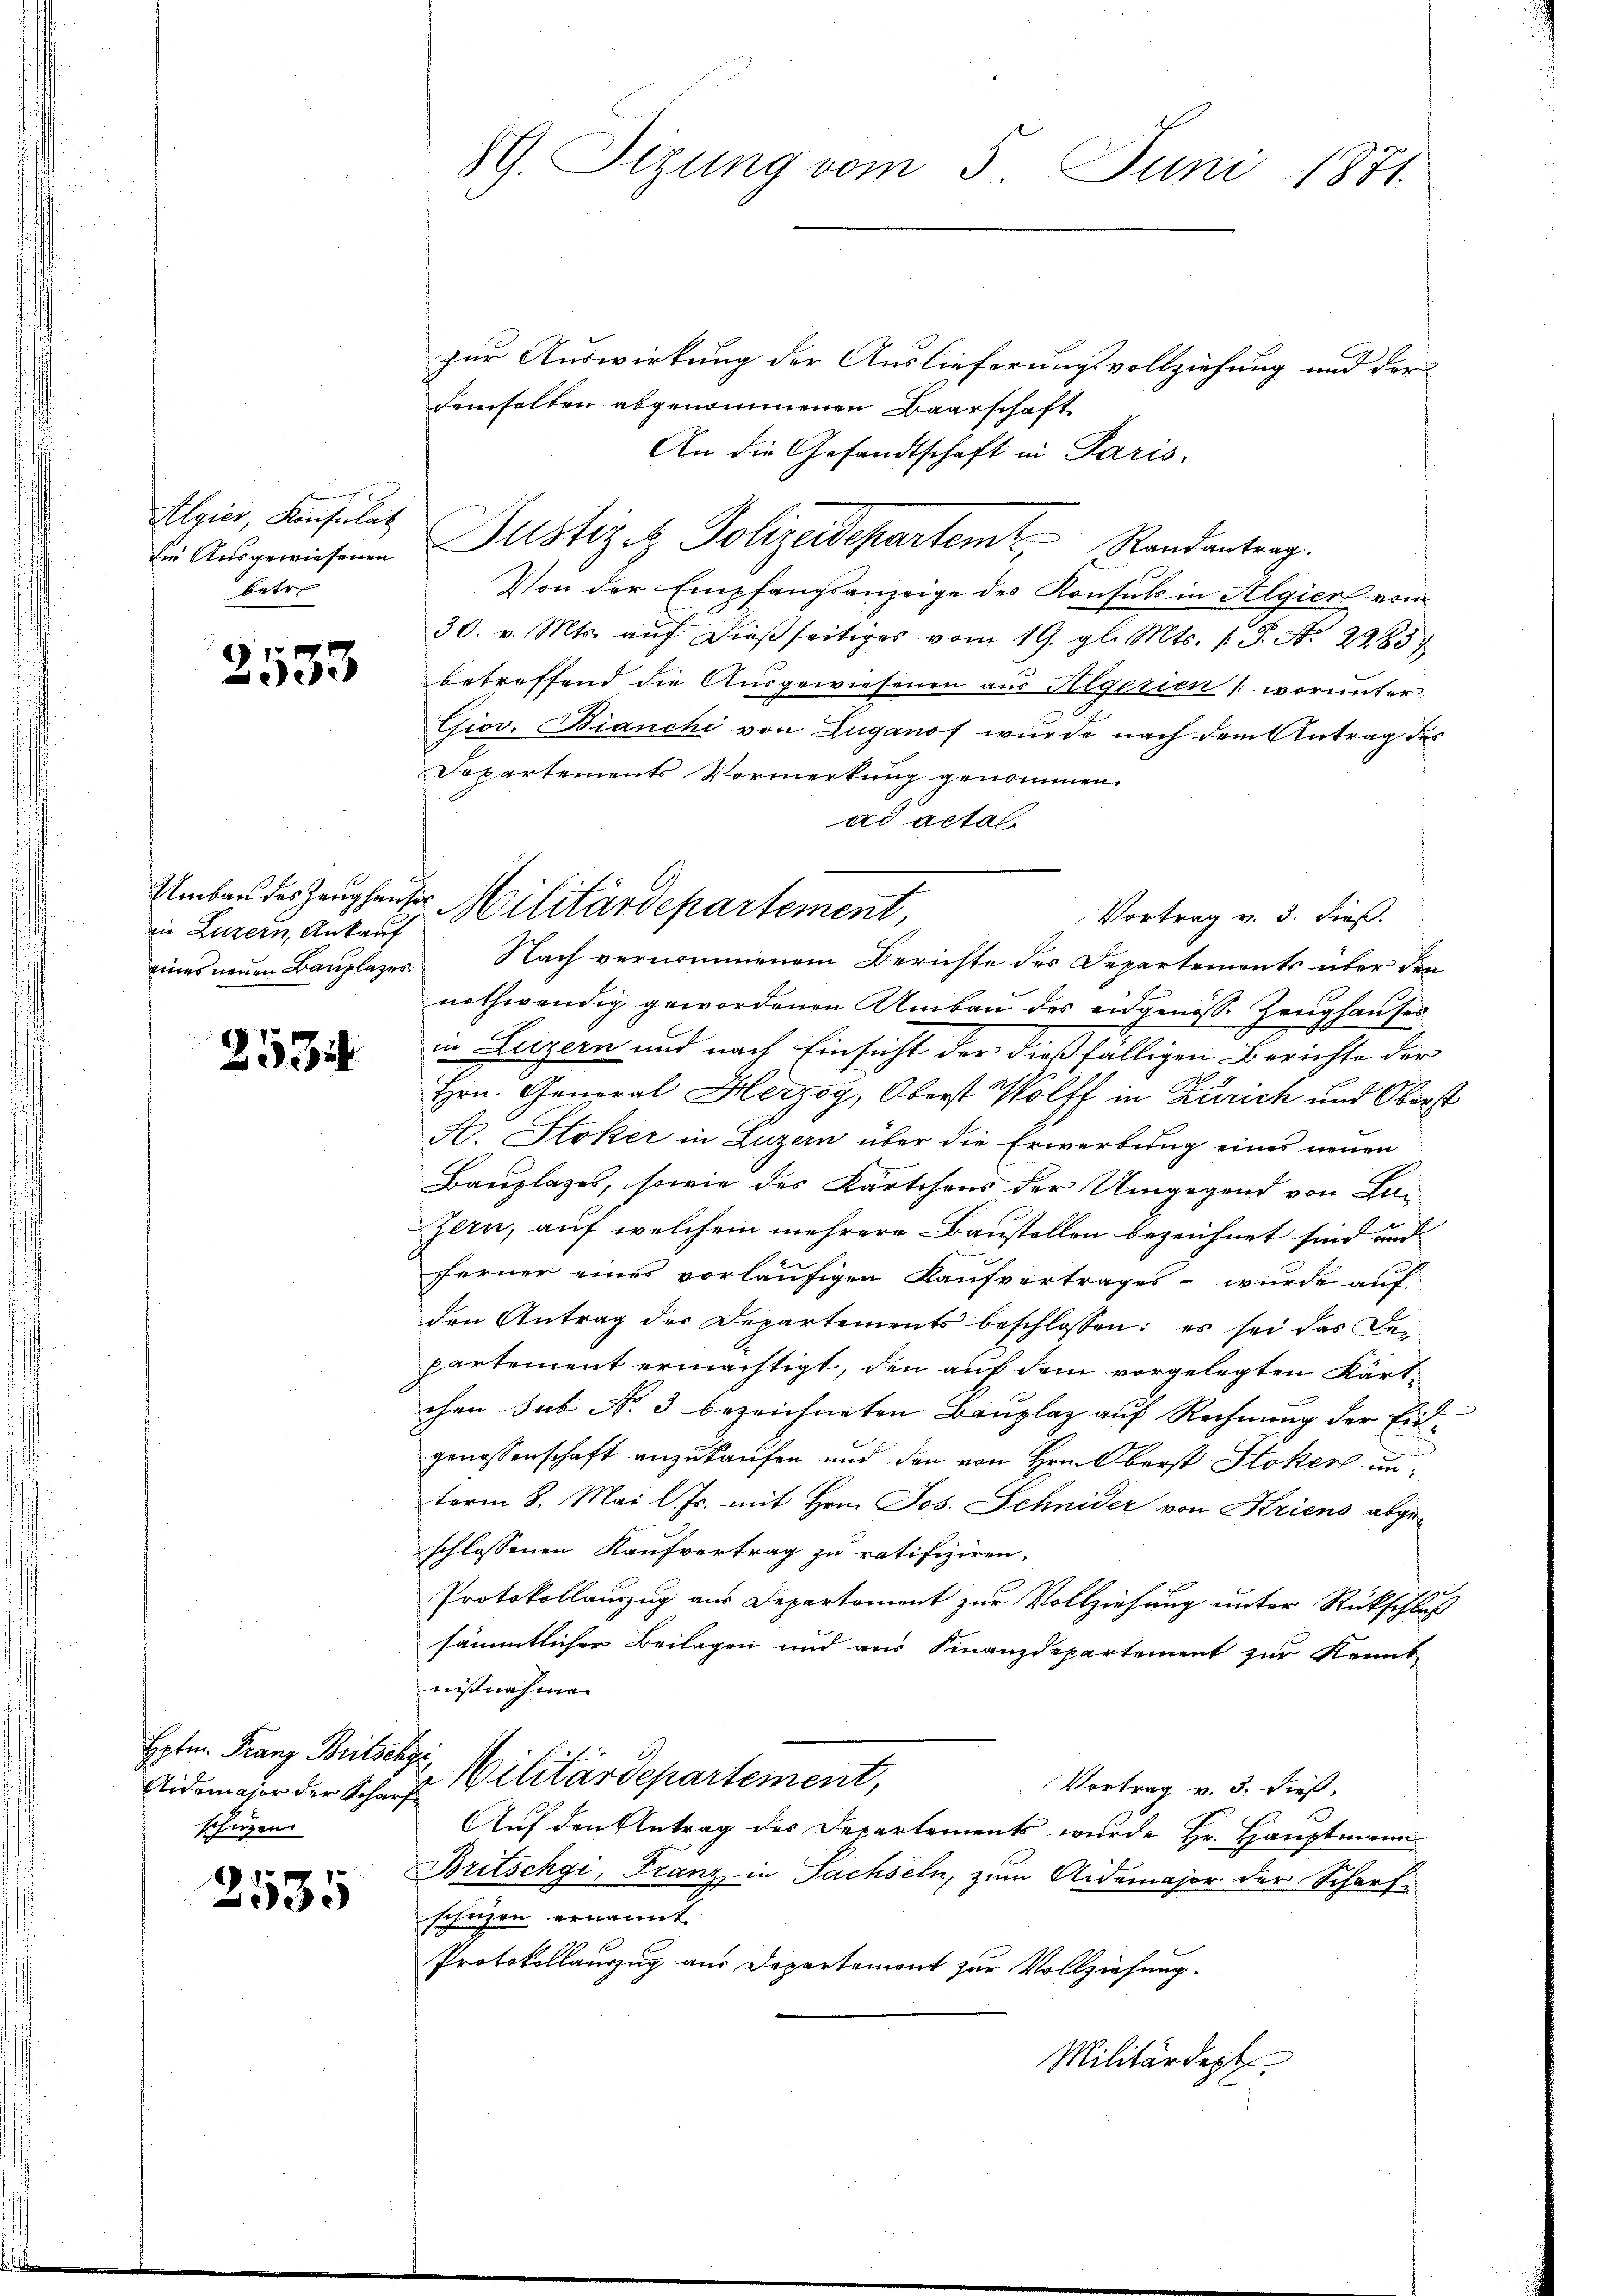
Algier, Konsulat
betre

2533

in Luzern, Ankauf

2534

Aidemajor der Scharfschützen.

2535

89. Sizung vom 5. Juni 1871.

zur Auswirkung der Auslieferungsvollziehung und der
demselben abgenommenen Baarschaft
An die Gesandtschaft in Paris,
Die Aŭsgewiesenen Justiz et Polizeidepartem Randantrag.
Von der Empfangsanzeige des Konsuls in Algiert vom
30. v. Mts. aŭf dieβ seitiges vom 19. gl. Mts. (T. A. 2283)
betreffend die Ausgewiesenen aus Algesien (worunter
Giov. Bianchi von Zuganof wurde nach dem Antrag des
Dopartements Vormerkung genommen.
ad acta
eines neuen Bauplazes. Nach vernommenem Berichte des Departements über den
nothwendig gewordenen Umbau des eidgenöss. Zeughauses
in Luzern und nach Einsicht der dießfälligen Berichte der
Hrn. General Herzog, Oberst Wolff in Zürich und Oberst
A. Stoker in Luzern über die Erwerbung eines neuen
Bauzlages, sowie des Kärtchens der Umgegend von Lu¬
Zern, auf welchem mehrere Baustellen bezeichnet sind und
ferner eines vorläufigen Kaufvertrages - wurde auf
den Antrag der Departements beschlossen: es sei das Den
partement ermächtigt, den auf dem vorgelegten Kärtchen sub No. 3 bezeichneten Bauplaz auf Rechnung der Eidgenossenschaft anzukaufen und den von Hrn. Oberst Stoker
term 8. Mai l. Js. mit Hrn. Jos. Schnider von Krieno abge-
schlossenen Kaufvertrag zu ratifiziren.
Protokollauszug aus Departement zur Vollziehung unter Rückschluß
sämmtlicher Beilagen und aus Finanzdepartement zur Kennt-
nisnahmen
Hptm. Franz Britsche Militärdepartement,
Vortrag v. 3. dieß,
Auf den Antrag des Departements wurde Hr. Hauptmann
Britschgi, Franz in Sachseln, zum Aidemajor der Scharfschäzen ernannt
Protokollauszug aus Departemont zur Vollziehung.
Militärdept

Umbau des Zeughauses Militärdepartement,
Vortrag v. 3. dieß.